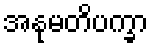
အနုမတိပက္ခာ